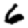
Digit: 6